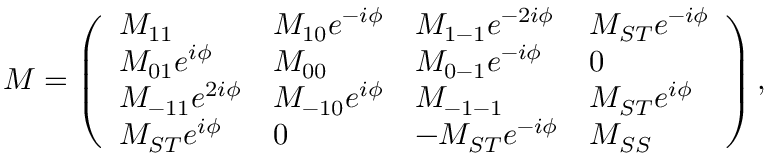
\begin{array} { r } { M = \left( \begin{array} { l l l l } { M _ { 1 1 } } & { M _ { 1 0 } e ^ { - i \phi } } & { M _ { 1 - 1 } e ^ { - 2 i \phi } } & { M _ { S T } e ^ { - i \phi } } \\ { M _ { 0 1 } e ^ { i \phi } } & { M _ { 0 0 } } & { M _ { 0 - 1 } e ^ { - i \phi } } & { 0 } \\ { M _ { - 1 1 } e ^ { 2 i \phi } } & { M _ { - 1 0 } e ^ { i \phi } } & { M _ { - 1 - 1 } } & { M _ { S T } e ^ { i \phi } } \\ { M _ { S T } e ^ { i \phi } } & { 0 } & { - M _ { S T } e ^ { - i \phi } } & { M _ { S S } } \end{array} \right) , } \end{array}